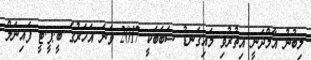
ލިބުނު އާމްދަނީ އިތުރުވި މައިގަނޑު ސަބަބަކީ 2017 ވަނަ އަހަރުގެ ބީ.ޕީ.ޓީ ފައިނަލް